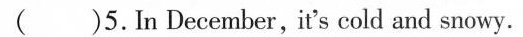
( )5.In December,it's cold and snowy.